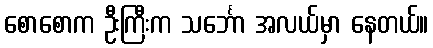
စောစောက ဦးကြီးက သင်္ဘော အလယ်မှာ နေတယ်။